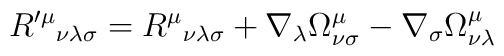
R'^{\mu}{}_{\nu\lambda\sigma} = R^{\mu}{}_{\nu\lambda\sigma} +\nabla_\lambda \Omega^{\mu}_{\nu\sigma} - \nabla_\sigma\Omega^{\mu}_{\nu\lambda}